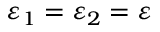
\varepsilon _ { 1 } = \varepsilon _ { 2 } = \varepsilon